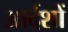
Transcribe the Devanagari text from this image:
आर्दशों